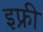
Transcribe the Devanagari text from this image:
इफ्री